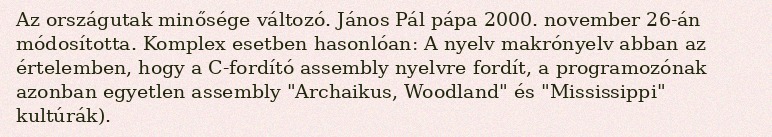
Az országutak minősége változó. János Pál pápa 2000. november 26-án módosította. Komplex esetben hasonlóan: A nyelv makrónyelv abban az értelemben, hogy a C-fordító assembly nyelvre fordít, a programozónak azonban egyetlen assembly "Archaikus, Woodland" és "Mississippi" kultúrák).